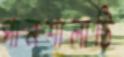
পানশালাটি